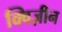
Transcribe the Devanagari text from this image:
क्विज़ीन